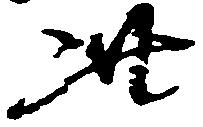
此